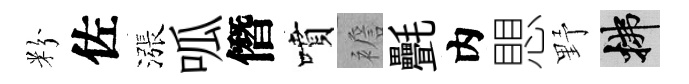
粉佐漲呱僭噴襜㲲内愳野拂